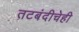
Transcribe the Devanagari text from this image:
तटबंदीचेही